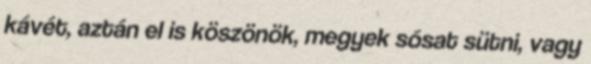
kávét, aztán el is köszönök, megyek sósat sütni, vagy